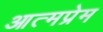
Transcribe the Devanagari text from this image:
आत्मप्रेम